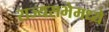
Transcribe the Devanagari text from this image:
राज्यसभेमध्ये